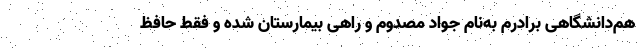
هم‌دانشگاهی برادرم به‌نام جواد مصدوم و راهی بیمارستان شده و فقط حافظ